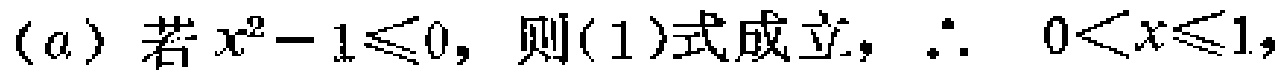
(a) 若 \(x^{2}-1\leqslant0\)，则(1)式成立，\(\therefore\ 0<x\leqslant1\)，